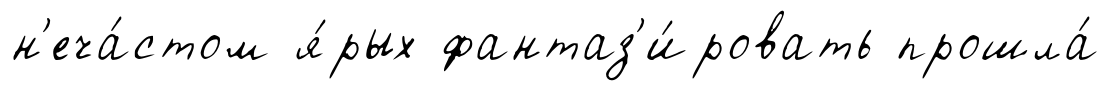
н'еча́стом я́рых фантаз'и́ровать прошла́